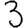
Digit: 3